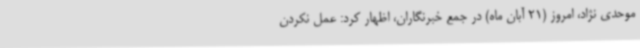
موحدی نژاد، امروز (21 آبان ماه) در جمع خبرنگاران، اظهار کرد: عمل نکردن